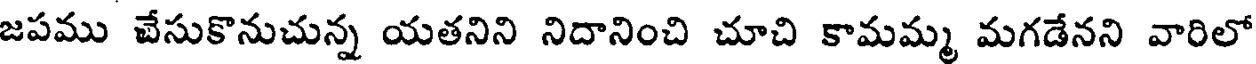
జపము చేసుకొనుచున్న యతనిని నిదానించి చూచి కామమ్మ మగడేనని వారిలో